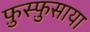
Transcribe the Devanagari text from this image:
फ़ुस्फ़ुसाया